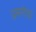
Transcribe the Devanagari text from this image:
प्रमणेचा